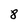
Character: 8